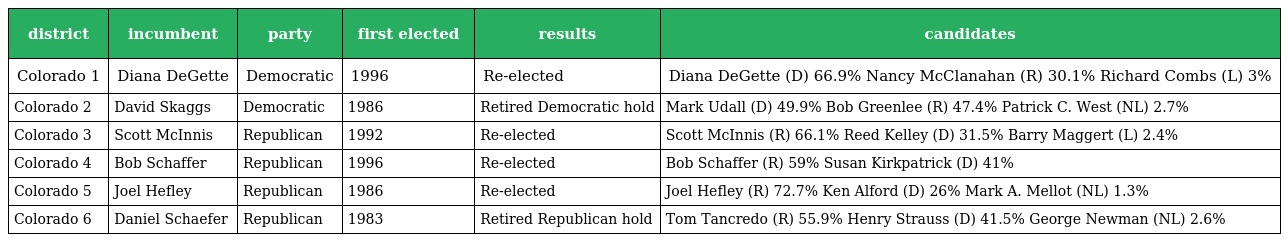
| district | incumbent | party | first elected | results | candidates |
 | --- | --- | --- | --- | --- | --- |
 | Colorado 1 | Diana DeGette | Democratic | 1996 | Re-elected | Diana DeGette (D) 66.9% Nancy McClanahan (R) 30.1% Richard Combs (L) 3% |
 | Colorado 2 | David Skaggs | Democratic | 1986 | Retired Democratic hold | Mark Udall (D) 49.9% Bob Greenlee (R) 47.4% Patrick C. West (NL) 2.7% |
 | Colorado 3 | Scott McInnis | Republican | 1992 | Re-elected | Scott McInnis (R) 66.1% Reed Kelley (D) 31.5% Barry Maggert (L) 2.4% |
 | Colorado 4 | Bob Schaffer | Republican | 1996 | Re-elected | Bob Schaffer (R) 59% Susan Kirkpatrick (D) 41% |
 | Colorado 5 | Joel Hefley | Republican | 1986 | Re-elected | Joel Hefley (R) 72.7% Ken Alford (D) 26% Mark A. Mellot (NL) 1.3% |
 | Colorado 6 | Daniel Schaefer | Republican | 1983 | Retired Republican hold | Tom Tancredo (R) 55.9% Henry Strauss (D) 41.5% George Newman (NL) 2.6% |